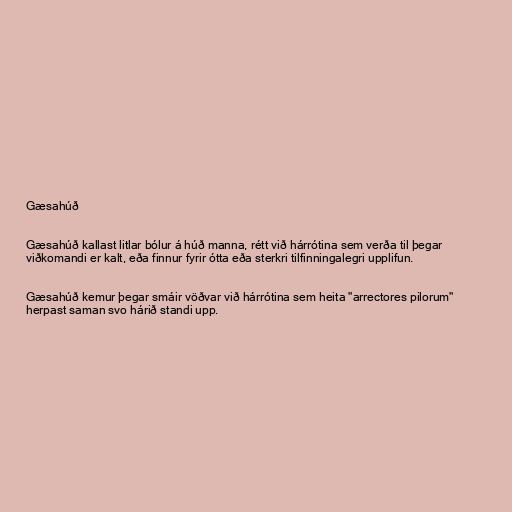
Gæsahúð

Gæsahúð kallast litlar bólur á húð manna, rétt við hárrótina sem verða til þegar
viðkomandi er kalt, eða finnur fyrir ótta eða sterkri tilfinningalegri upplifun.

Gæsahúð kemur þegar smáir vöðvar við hárrótina sem heita "arrectores pilorum"
herpast saman svo hárið standi upp.